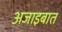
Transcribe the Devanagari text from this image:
अजाइबात